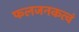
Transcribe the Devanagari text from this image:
फलजनकत्वं